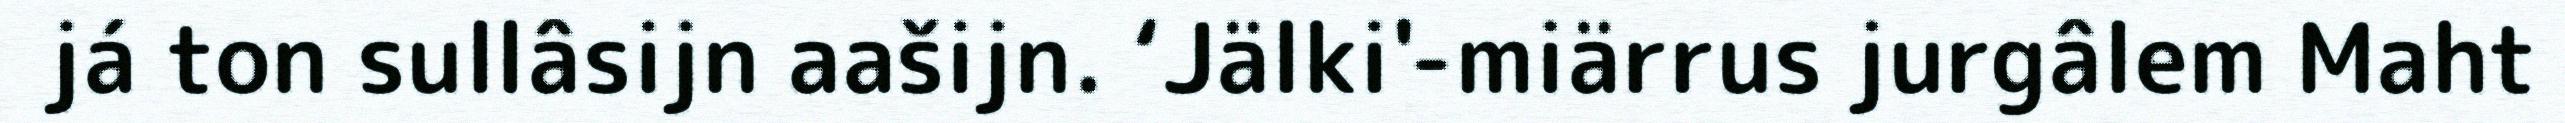
já ton sullâsijn aašijn. ‘Jälki'-miärrus jurgâlem Maht